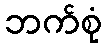
ဘက်စုံ